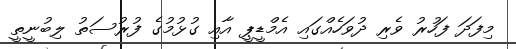
މިފަދަ ފަހުރު ވެރި ދުވަހެއްގައި އެމްޑީޕީ އާއި ގުޅުމުގެ ފުރުސަތު ލިބުނީތީ